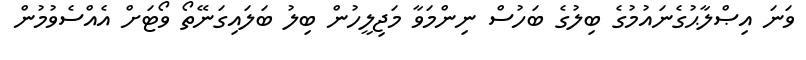
ވަނަ އިޞްލާޙުގެނައުމުގެ ބިލުގެ ބަހުސް ނިންމަވާ މަޖިލީހުން ބިލު ބަލައިގަނޭތޯ ވޯޓަށް އެއްސެވުމުން